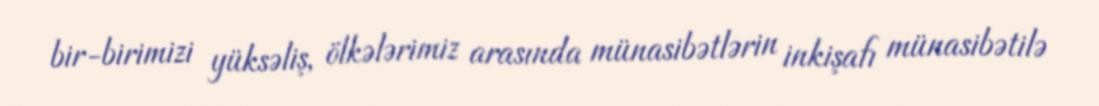
bir-birimizi yüksəliş, ölkələrimiz arasında münasibətlərin inkişafı münasibətilə